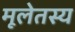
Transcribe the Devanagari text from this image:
मूलेतस्य